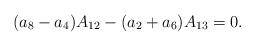
LaTeX: \begin{align*}(a_8-a_4)A_{12}-(a_2+a_6)A_{13}=0.\end{align*}